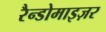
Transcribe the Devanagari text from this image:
रैन्डोमाइज़र